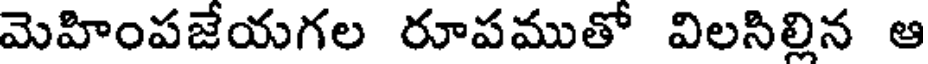
మెహింపజేయగల రూపముతో విలసిల్లిన ఆ